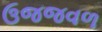
ઉજજવળ